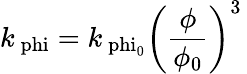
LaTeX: k_{\mathrm{\ phi}}=k_{\mathrm{\ phi_{\mathrm{0}}}}\left(\frac{\phi}{\phi_{\mathrm{0}}}\right)^{3}\,